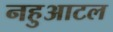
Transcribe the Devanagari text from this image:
नहुआटल